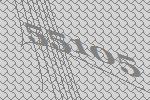
55105